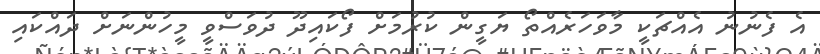
އެ ފެނުނު އެއްޗަކީ މާވަހަރެއްތޯ ޔަގީން ކުރުމަށް ފޯކައިދޫ ދުވަސްވީ މީހުންނަށް ދައްކައި